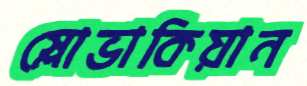
স্লোভাকিয়ান